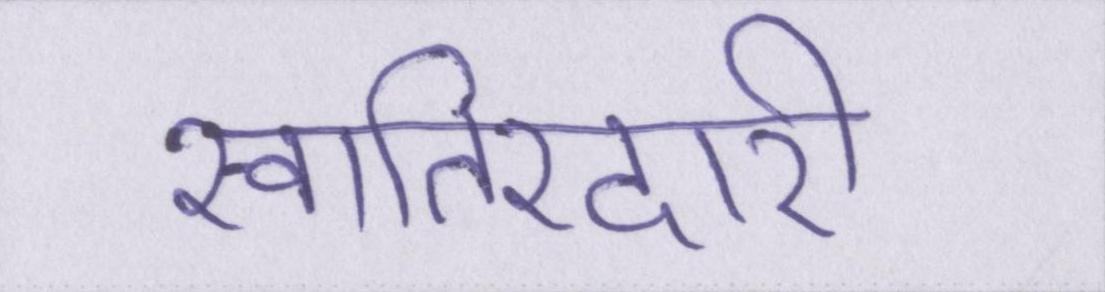
खातिरदारी